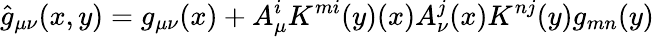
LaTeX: {\hat{g}}_{\mu\nu}(x,y)=g_{\mu\nu}(x)+A_{\mu}^{i}K^{mi}(y)(x)A_{\nu}^{j}(x)K^{nj}(y)g_{mn}(y)